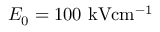
E _ { 0 } = 1 0 0 \ensuremath { ~ \mathrm { k V } \mathrm { c m } ^ { - 1 } }